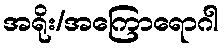
အရိုး/အကြောရောဂါ